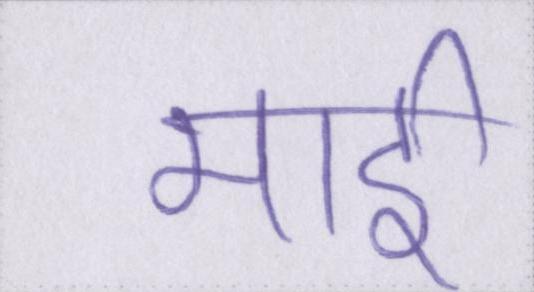
माई